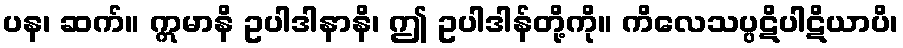
ပန၊ ဆက်။ ဣမာနိ ဥပါဒါနာနိ၊ ဤ ဥပါဒါန်တို့ကို။ ကိလေသပ္ပဋိပါဋိယာပိ၊